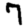
Digit: 7